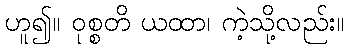
ဟူ၍။ ဝုစ္စတိ ယထာ၊ ကဲ့သို့လည်း။